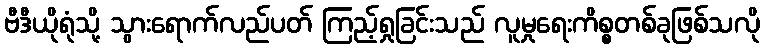
ဗီဒီယိုရုံသို့ သွားရောက်လည်ပတ် ကြည့်ရှုခြင်းသည် လူမှုရေးကိစ္စတစ်ခုဖြစ်သလို